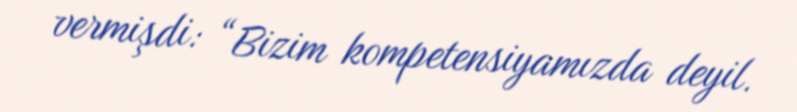
vermişdi: “Bizim kompetensiyamızda deyil.